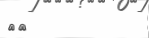
٣١